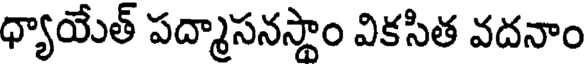
ధ్యాయేత్ పద్మాసనస్థాం వికసిత వదనాం